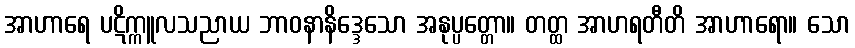
အာဟာရေ ပဋိက္ကူလသညာယ ဘာဝနာနိဒ္ဒေသော အနုပ္ပတ္တော။ တတ္ထ အာဟရတီတိ အာဟာရော။ သော